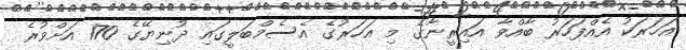
އަހަރަކު އެއްފަހަރު ބާއްވާ އައިރީނާގެ މި އަހަރުގެ އެސެމްބަލީގައި ދުނިޔޭގެ 170 އަށްވުރެ